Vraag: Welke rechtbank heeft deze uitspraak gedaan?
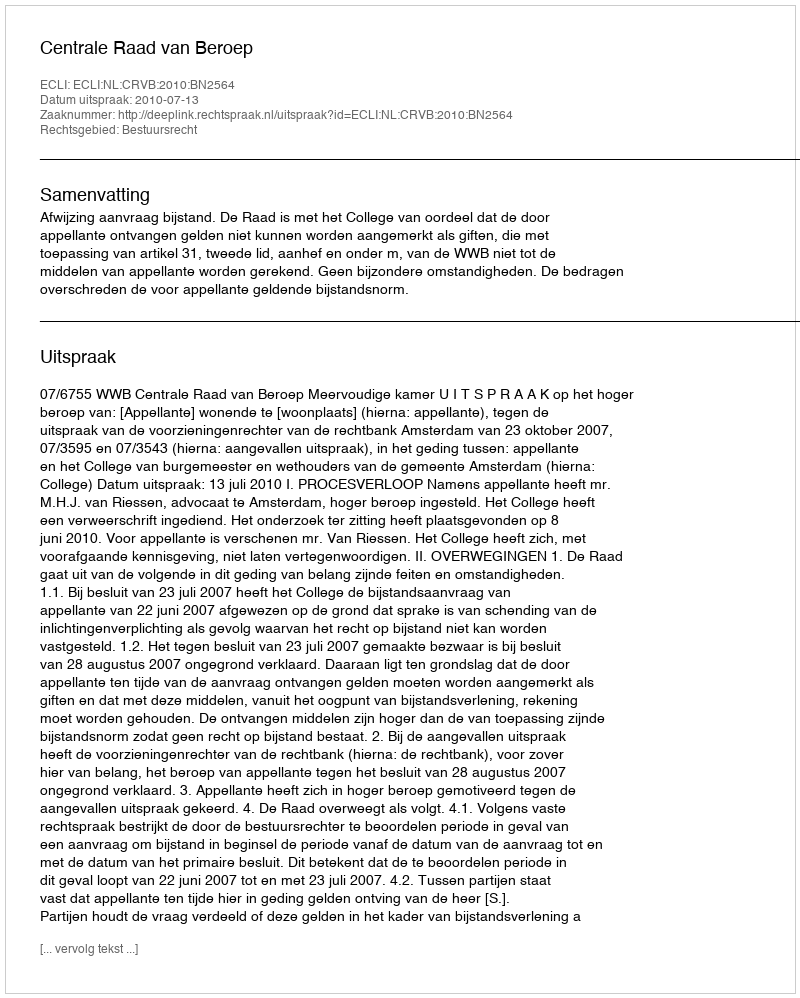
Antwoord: Centrale Raad van Beroep